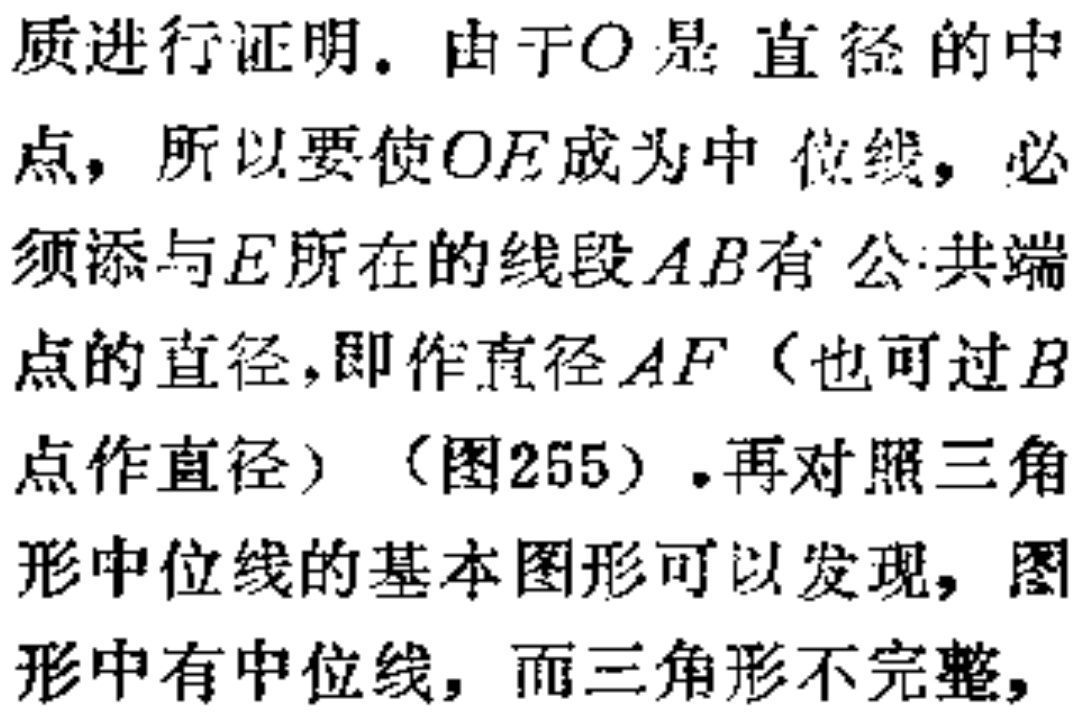
质进行证明. 由于\(O\)是直径的中
点, 所以要使\(OE\)成为中位线, 必
须添与\(E\)所在的线段\(AB\)有公共端
点的直径,即作直径\(AF\)（也可过\(B\)
点作直径）（图255）.再对照三角
形中位线的基本图形可以发现, 图
形中有中位线, 而三角形不完整,